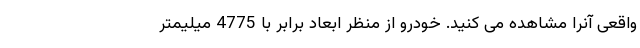
واقعی آنرا مشاهده می کنید. خودرو از منظر ابعاد برابر با 4775 میلیمتر